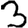
Digit: 3